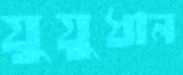
যুযুধান